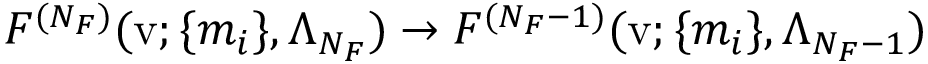
{ \cal F } ^ { ( N _ { F } ) } ( \mathrm { v } ; \{ m _ { i } \} , \Lambda _ { N _ { F } } ) \rightarrow { \cal F } ^ { ( N _ { F } - 1 ) } ( \mathrm { v } ; \{ m _ { i } \} , \Lambda _ { N _ { F } - 1 } )